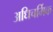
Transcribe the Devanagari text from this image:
अधिचर्मिक